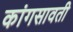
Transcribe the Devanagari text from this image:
कांगसावती